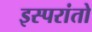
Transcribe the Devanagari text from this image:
इस्परांतो